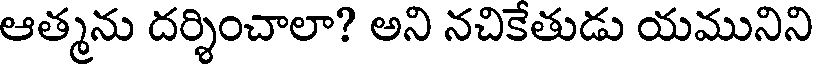
ఆత్మను దర్శించాలా? అని నచికేతుడు యమునిని